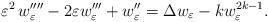
LaTeX: \begin{align*} \varepsilon^2\,w_{\varepsilon}''''-2\varepsilon w_{\varepsilon}'''+w_{\varepsilon}''=\Delta w_{\varepsilon}-kw_{\varepsilon}^{2k-1}.\end{align*}